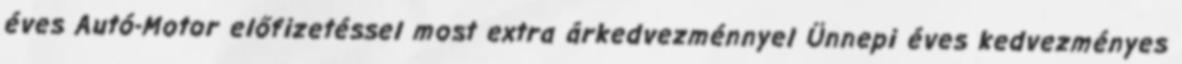
éves Autó-Motor előfizetéssel most extra árkedvezménnyel Ünnepi éves kedvezményes